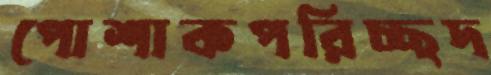
পোশাকপরিচ্ছদ